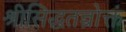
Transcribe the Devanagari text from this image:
श्रीसिद्धतन्त्रोक्तं